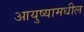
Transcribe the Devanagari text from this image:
आयुष्यामधील